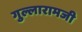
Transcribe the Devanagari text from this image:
गुल्लारामजी